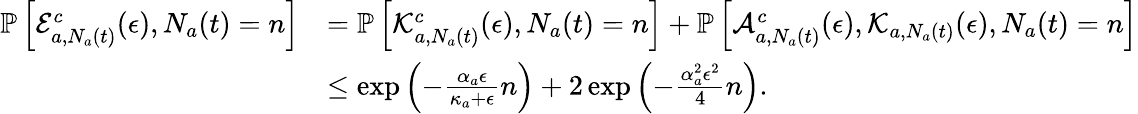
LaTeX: \begin{array}{rl}{\mathbb{P}\left[\mathcal{E}_{a,N_{a}(t)}^{c}(\epsilon),N_{a}(t)=n\right]}&{=\mathbb{P}\left[\mathcal{K}_{a,N_{a}(t)}^{c}(\epsilon),N_{a}(t)=n\right]+\mathbb{P}\left[\mathcal{A}_{a,N_{a}(t)}^{c}(\epsilon),\mathcal{K}_{a,N_{a}(t)}(\epsilon),N_{a}(t)=n\right]}\\ &{\leq\exp\left(-\frac{\alpha_{a}\epsilon}{\kappa_{a}+\epsilon}n\right)+2\exp\left(-\frac{\alpha_{a}^{2}\epsilon^{2}}{4}n\right).}\end{array}